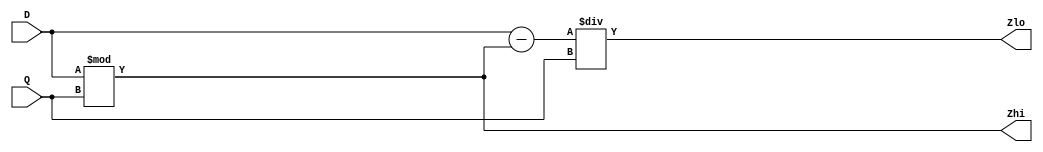
module Div(
input signed [31:0] D, Q, 
output reg [31:0] Zhi,Zlo);
	always @ (*)
	begin
		Zhi = D % Q;
		Zlo = (D - Zhi) / Q;
	end		
endmodule